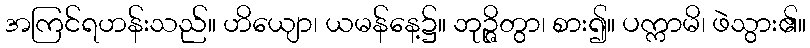
အကြင်ရဟန်းသည်။ ဟိယျော၊ ယမန်နေ့၌။ ဘုဉ္ဇိတွာ၊ စား၍။ ပက္ကာမိ၊ ဖဲသွား၏။